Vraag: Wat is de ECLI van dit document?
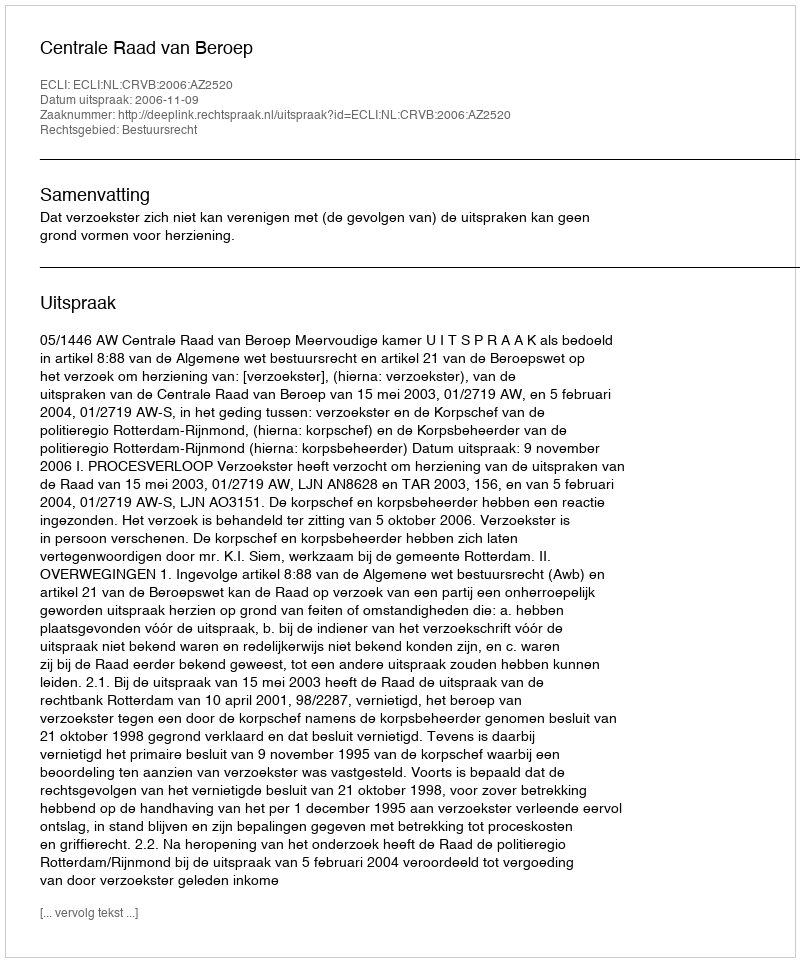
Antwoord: ECLI:NL:CRVB:2006:AZ2520